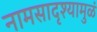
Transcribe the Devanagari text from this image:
नामसादृश्यामुळं